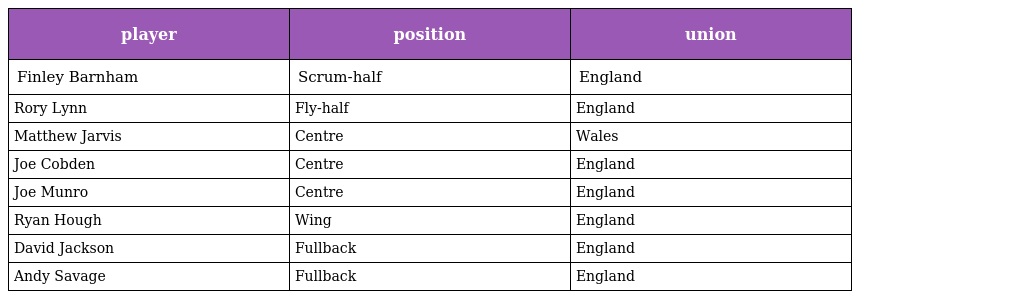
| player | position | union |
 | --- | --- | --- |
 | Finley Barnham | Scrum-half | England |
 | Rory Lynn | Fly-half | England |
 | Matthew Jarvis | Centre | Wales |
 | Joe Cobden | Centre | England |
 | Joe Munro | Centre | England |
 | Ryan Hough | Wing | England |
 | David Jackson | Fullback | England |
 | Andy Savage | Fullback | England |